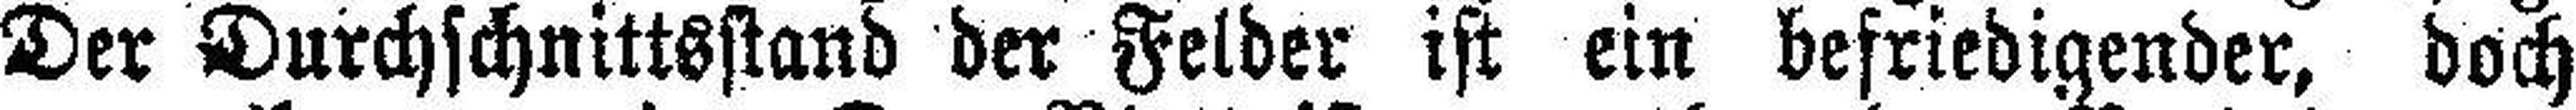
Der Durchschnittsstand der Felder ist ein befriedigender, doch